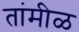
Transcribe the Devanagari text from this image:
तांमीळ